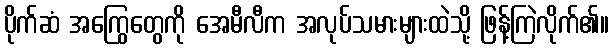
ပိုက်ဆံ အကြွေတွေကို အေမီလီက အလုပ်သမားများထဲသို့ ဖြန့်ကြဲလိုက်၏။